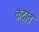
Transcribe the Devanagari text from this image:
कंदांत